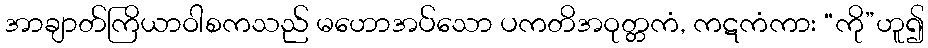
အာချာတ်ကြိယာဝါစကသည် မဟောအပ်သော ပကတိအဝုတ္တကံ, ကဋကံကား “ကို”ဟူ၍